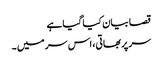
قصا بیان کیا گیا ہے
سر پربھاتی، اس سر میں ۔